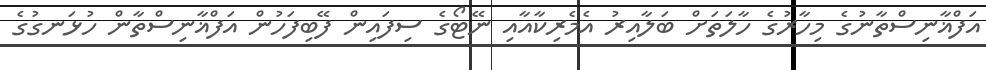
އަފްޣާނިސްތާނުގެ މިހާރުގެ ހާލަތަށް ބަލާއިރު އެމެރިކާއާއި ނޭޓޯގެ ސިފައިން ފޭބިފަހުން އަފްޣާނިސްތާން ހުޅަނގުގެ